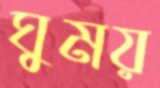
ঘুময়